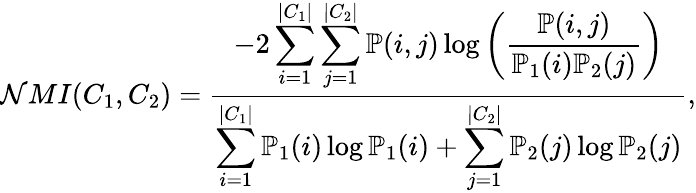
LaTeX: \mathcal{N}MI(C_{1},C_{2})=\frac{{-2\displaystyle\sum_{i=1}^{|C_{1}|}\sum_{j=1}^{|C_{2}|}\mathbb{{P}}(i,j)\log\left(\frac{{\mathbb{{P}}(i,j)}}{{\mathbb{{P}}_{1}(i)\mathbb{{P}}_{2}(j)}}\right)}}{{\displaystyle\sum_{i=1}^{|C_{1}|}\mathbb{{P}}_{1}(i)\log\mathbb{{P}}_{1}(i)+\displaystyle\sum_{j=1}^{|C_{2}|}\mathbb{{P}}_{2}(j)\log\mathbb{{P}}_{2}(j)}}{,}